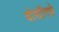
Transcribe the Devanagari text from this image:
बोसॉनचे